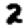
Digit: 2